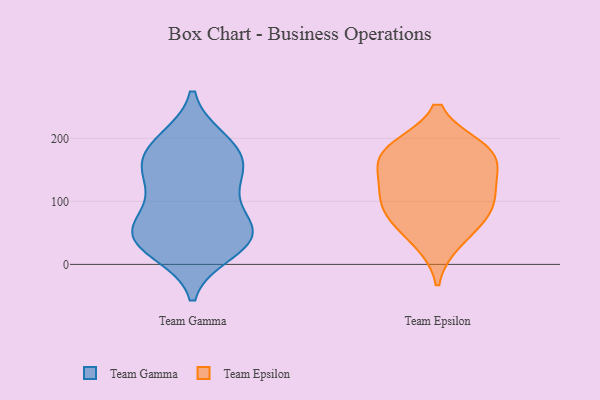
{"axis": {"x": "Website Visitors", "y": "Value"}, "legend": ["Team Epsilon", "Team Gamma"], "data": [{"x": "", "y": 151, "type": "Team Gamma"}, {"x": "", "y": 35, "type": "Team Gamma"}, {"x": "", "y": 34, "type": "Team Gamma"}, {"x": "", "y": 50, "type": "Team Gamma"}, {"x": "", "y": 21, "type": "Team Gamma"}, {"x": "", "y": 196, "type": "Team Gamma"}, {"x": "", "y": 53, "type": "Team Gamma"}, {"x": "", "y": 92, "type": "Team Gamma"}, {"x": "", "y": 130, "type": "Team Gamma"}, {"x": "", "y": 64, "type": "Team Gamma"}, {"x": "", "y": 185, "type": "Team Gamma"}, {"x": "", "y": 187, "type": "Team Gamma"}, {"x": "", "y": 47, "type": "Team Gamma"}, {"x": "", "y": 139, "type": "Team Gamma"}, {"x": "", "y": 161, "type": "Team Gamma"}, {"x": "", "y": 36, "type": "Team Epsilon"}, {"x": "", "y": 98, "type": "Team Epsilon"}, {"x": "", "y": 73, "type": "Team Epsilon"}, {"x": "", "y": 79, "type": "Team Epsilon"}, {"x": "", "y": 176, "type": "Team Epsilon"}, {"x": "", "y": 118, "type": "Team Epsilon"}, {"x": "", "y": 184, "type": "Team Epsilon"}, {"x": "", "y": 181, "type": "Team Epsilon"}, {"x": "", "y": 129, "type": "Team Epsilon"}, {"x": "", "y": 162, "type": "Team Epsilon"}]}